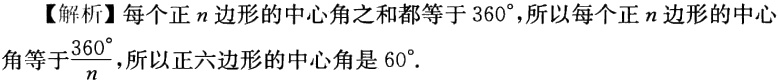
【解析】每个正\(n\)边形的中心角之和都等于\(360^{\circ}\)，所以每个正\(n\)边形的中心角等于\(\frac{360^{\circ}}{n}\)，所以正六边形的中心角是\(60^{\circ}\)．